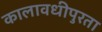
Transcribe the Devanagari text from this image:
कालावधीपुरता